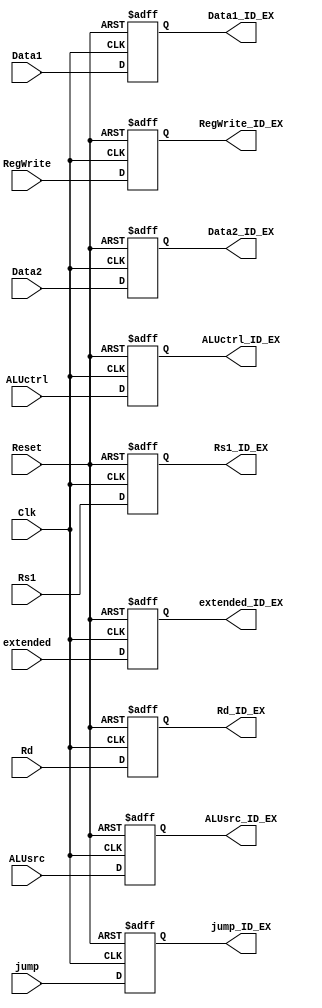
`timescale 1ns / 1ps

module ID_EX_reg (
    input Clk,
    Reset,
    input [7:0] Data1,
    Data2,
    extended,
    input [2:0] Rd,
    Rs1,
    input RegWrite,
    ALUctrl,
    ALUsrc,
    jump,
    output reg [7:0] Data1_ID_EX,
    Data2_ID_EX,
    extended_ID_EX,
    output reg [2:0] Rd_ID_EX,
    Rs1_ID_EX,
    output reg RegWrite_ID_EX,
    ALUctrl_ID_EX,
    ALUsrc_ID_EX,
    jump_ID_EX
);

  always @(posedge Clk, negedge Reset) begin
    if (Reset == 0) begin
      Data1_ID_EX = 8'b0;
      Data2_ID_EX = 8'b0;
      extended_ID_EX = 8'b0;
      Rd_ID_EX = 3'b0;
      Rs1_ID_EX = 3'b0;
      {RegWrite_ID_EX, ALUctrl_ID_EX, ALUsrc_ID_EX, jump_ID_EX} = 4'b0000;
    end else begin
      Data1_ID_EX = Data1;
      Data2_ID_EX = Data2;
      extended_ID_EX = extended;
      Rd_ID_EX = Rd;
      Rs1_ID_EX = Rs1;
      RegWrite_ID_EX = RegWrite;
      ALUctrl_ID_EX = ALUctrl;
      ALUsrc_ID_EX = ALUsrc;
      jump_ID_EX = jump;
    end
  end
endmodule